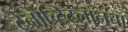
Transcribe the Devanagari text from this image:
टेनोच्टिट्लानचा